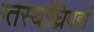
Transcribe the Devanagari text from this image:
ग्तस्यांघ्रिपद्मं